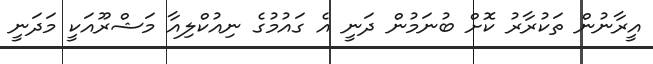
އީރާނުން ތަކުރާރު ކޮށް ބުނަމުން ދަނީ އެ ގައުމުގެ ނިއުކްލިއާ މަޝްރޫއަކީ މަދަނީ